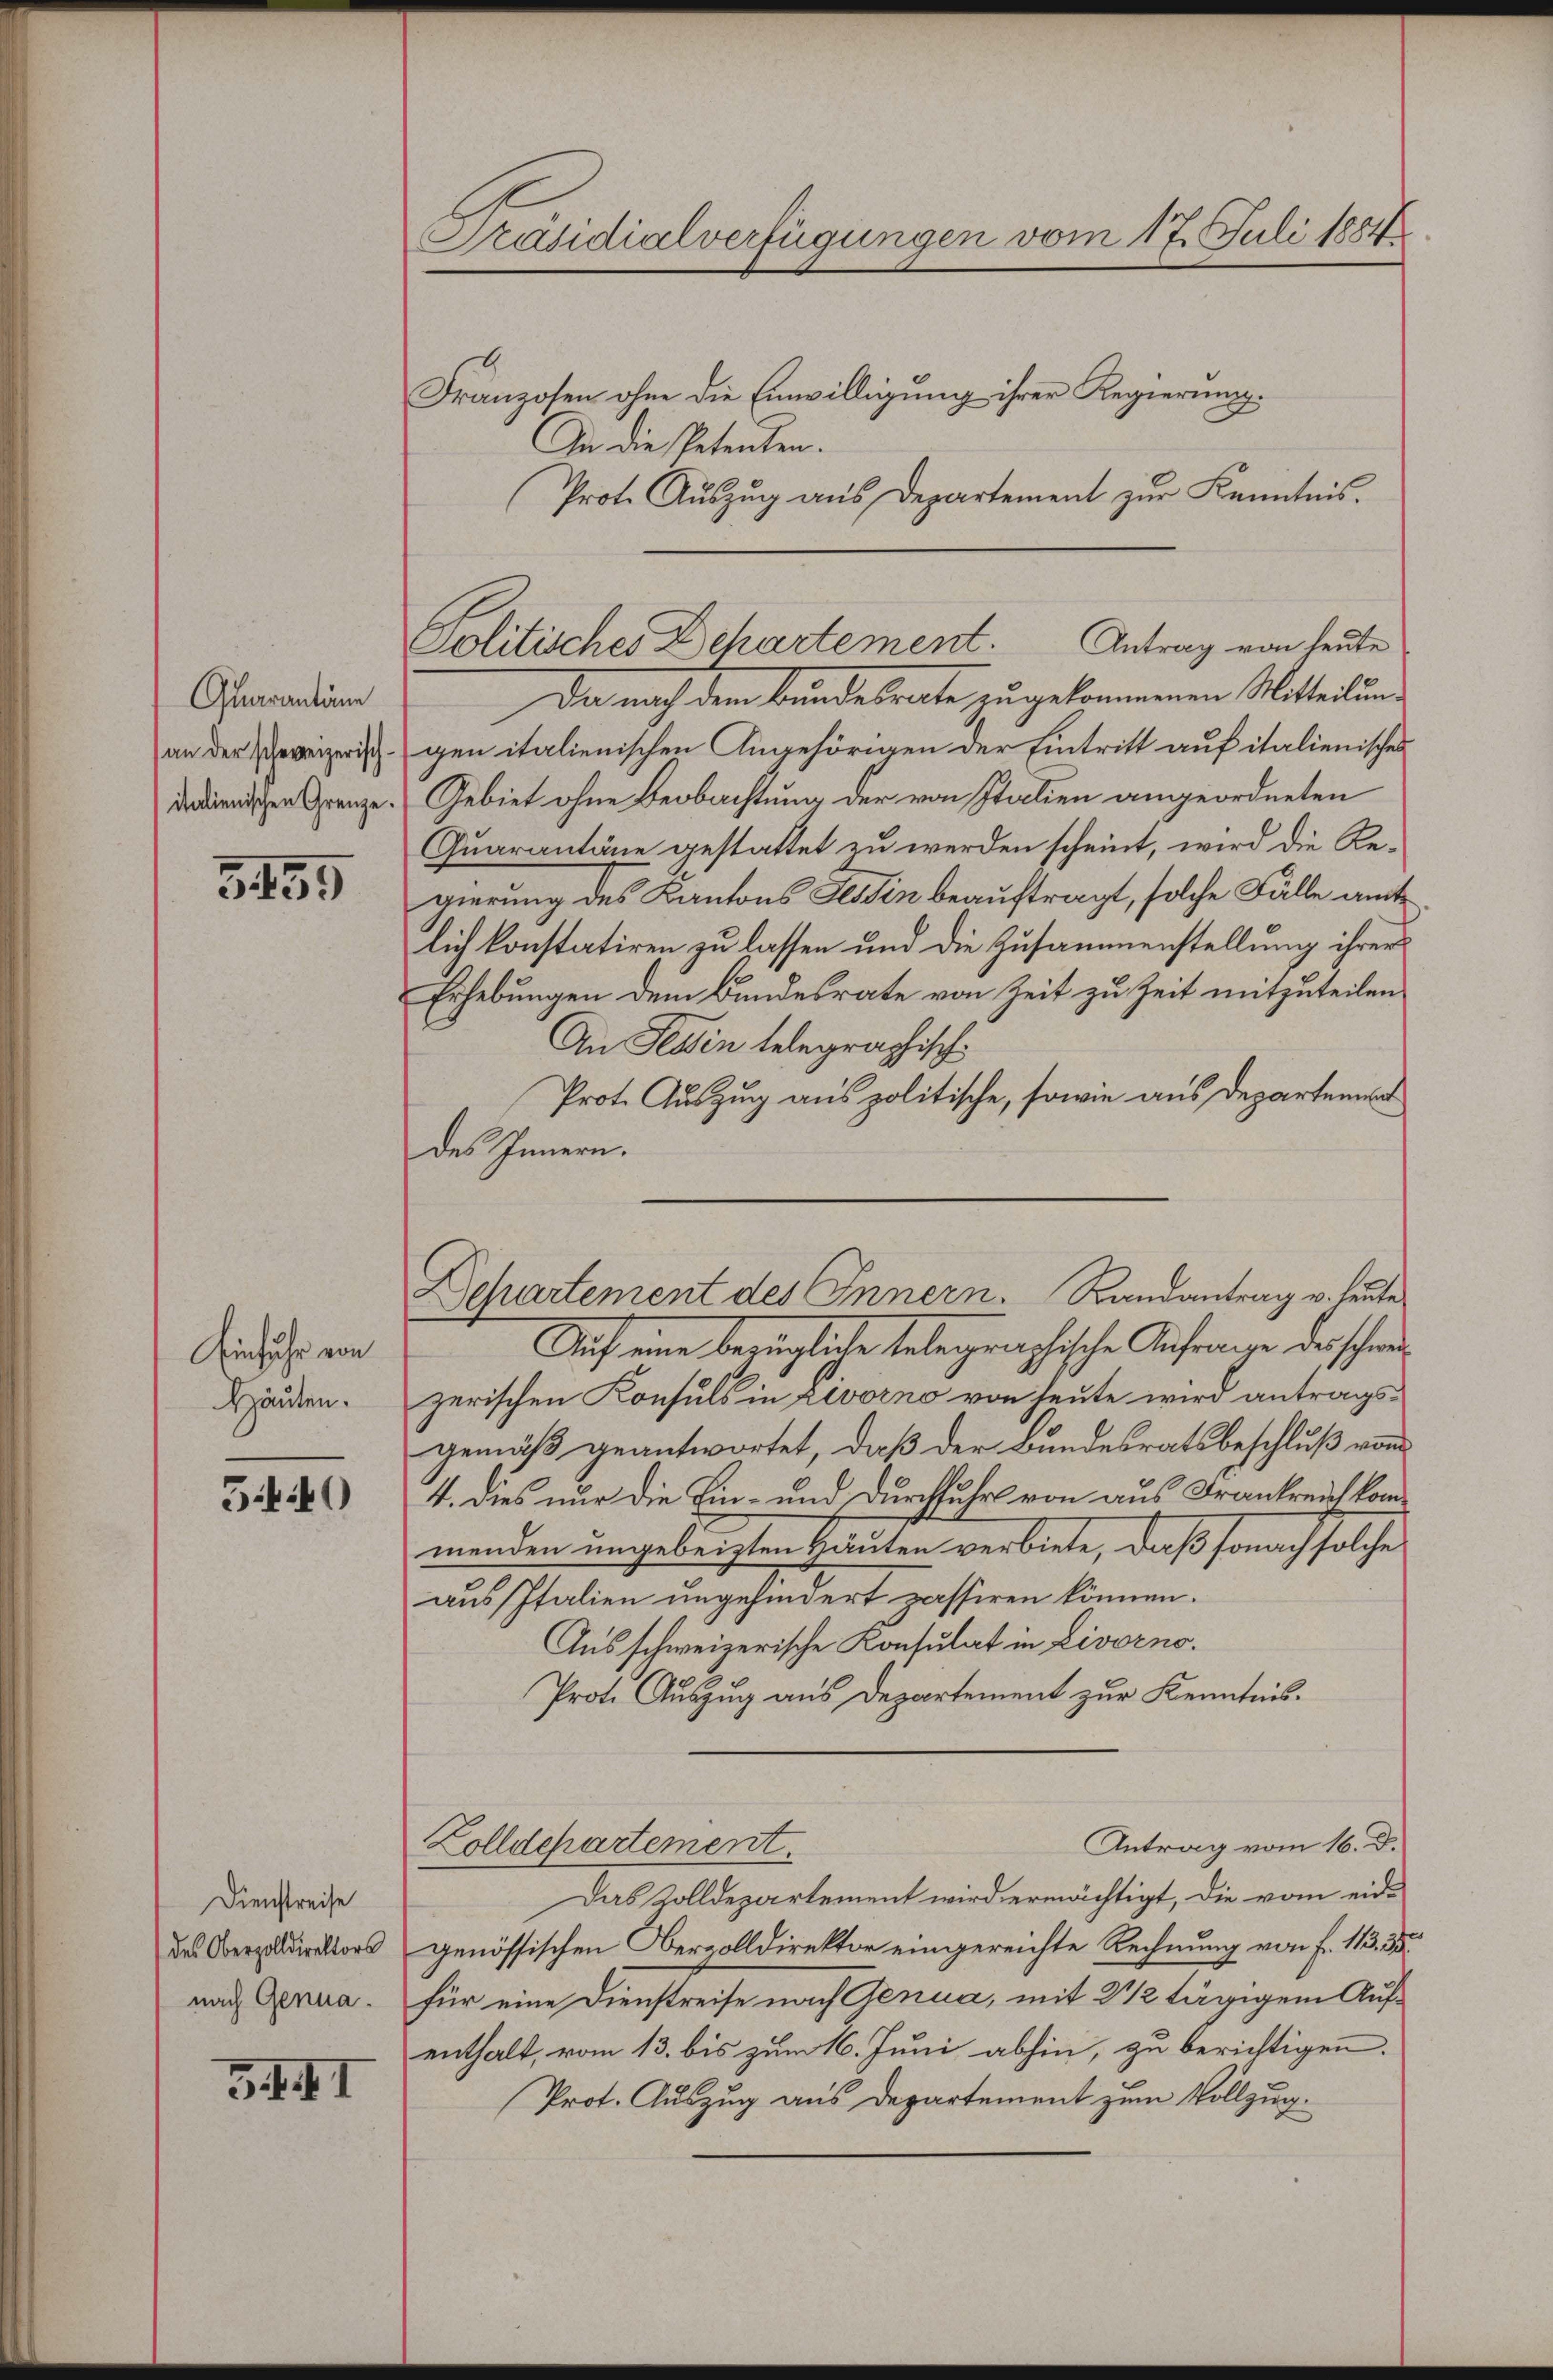
Quarantäne
an der schweizerisch.
italienischen Grenze.

3455

Einfuhr von
Häuten.

5.40

Dienstreise
des Oberzolldirektors
nach Genua.

34. I

Präsidialverfügungen vom 17. Juli 1884

Politisches Dehartement. Antrag von heute

Dchartement des Innern. Randantrag v. heute

Franzosen ohne die Einwilligung ihrer Regierung.
An die Petenten.
Prot. Auszug aus Departement zur Kenntnis.
Die nach dem Bundesrate zu gekommenen Mitteilung
gen italienischen Angehörigen der Eintritt auf italienischen
Gebiet ohne Beobachtung der von Italien angeordneten
Quarantane gestattet zu werden scheint, wird die Regierung des Kantons Tessin beauftragt, solche Fälle amt
lich konstatiren zu lassen und die Zusammenstellung ihrer
Erhebungen dem Bundesrate von Zeit zu Zeit mitzuteilen.
An Tessin telegraphisch
Prot. Auszug aus politische, sowie aus Departeme
des Innern.
Auf eine bezügliche telegraphische Anfrage des schreizerischen Konsuls in Livorno von heute wird antragsgemäß geantwortet, daß der Bundesratsbeschluß von
4. Dies nur die Ein- und Durchfuhr von aus Frankreich kom
menden ungebeisten Häuten verbiete, daß sonach solche
aus Italien ungehindert passiren können.
Ausschweizerische Konsulat in Livorno.
Prote Auszug aus Departement zur Kenntnis.
Antrag vom 16. D.
Zolldepartement.
Das Zolldepartement wird ermächtigt, die vom eidgenössischen Oberzolldirektor eingereichte Rechnung von Fr. 113. 38.
für eine Dienstreise nach Genua, mit 2 1/2 tägigem Aufenthalt, vom 13. bis zum 16. Juni abhin, zu berichtigen.
Prot. Auszug aus Departement zum Vollzug.